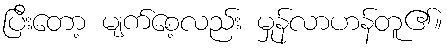
ပြီးတော့ မျက်စေ့လည်း မှုန်လာဟန်တူ၏။